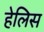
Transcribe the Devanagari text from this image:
हेलिस